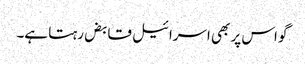
گو اس پر بھی اسرائیل قابض رہتا ہے۔